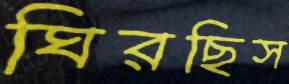
ঘিরছিস